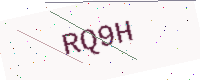
Text: RQ9H